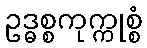
ဥဒ္ဓစ္စကုက္ကုစ္စံ